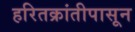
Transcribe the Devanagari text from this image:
हरितक्रांतीपासून